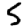
Digit: 5